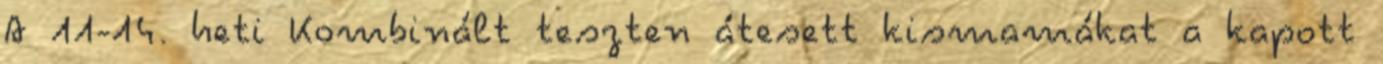
A 11-14. heti Kombinált teszten átesett kismamákat a kapott